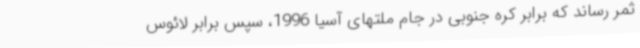
ثمر رساند که برابر کره جنوبی در جام ملتهای آسیا 1996، سپس برابر لائوس